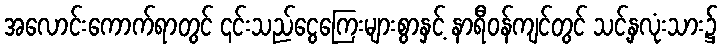
အလောင်းကောက်ရာတွင် ၎င်းသည်ငွေကြေးများစွာနှင့် နာရီဝန်ကျင်တွင် သင့်နှလုံးသား၌